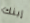
إبنك